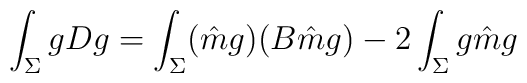
\int_{\Sigma} gDg=\int_{\Sigma}(\hat{m}g)(B\hat{m}g)-2\int_{\Sigma} g \hat{m} g